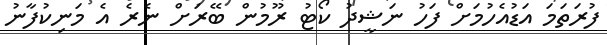
ފުރަތަމަ އަޑުއެހުމަށް ފަހު ނަޝީދު ކޯޓު ރޫމުން ބޭރަށް ނެރެ އެ މަނިކުފާނު